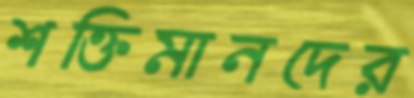
শক্তিমানদের